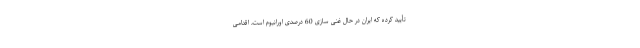
تأیید کرده که ایران در حال غنی سازی 60 درصدی اورانیوم است، اقدامی